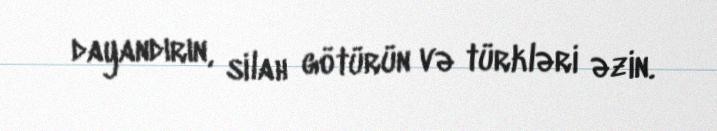
dayandırın, silah götürün və türkləri əzin.